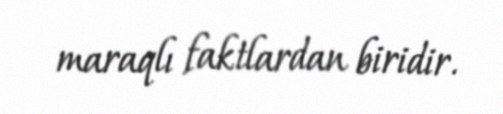
maraqlı faktlardan biridir.